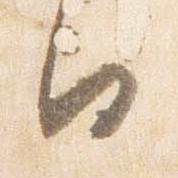
日